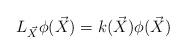
LaTeX: \begin{align*} L_{\vec{X}} \phi (\vec{X}) = k (\vec{X}) \phi (\vec{X})\end{align*}